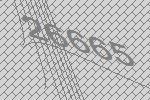
26665